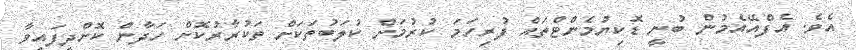
އެވެ. އެފްއޭއެމުން ބުނީ ޑޮކިޔުމެންޓްތައް ފުރިހަމަ ކުރުމަށް ކުލަބުތަކަށް ތަކުރާރުކޮށް ހަދާން ކޮށްދީފައިވާ